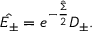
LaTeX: \hat { E _ { \pm } } = e ^ { - \frac { \hat { \Sigma } } { 2 } } D _ { \pm } .